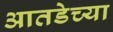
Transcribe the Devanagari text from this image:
आतडेच्या